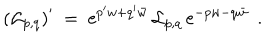
\left( { \cal L } _ { p , q } \right) ^ { \prime } \ = \ \mathrm { e } ^ { p ^ { \prime } w + q ^ { \prime } \bar { w } } \, { \cal L } _ { p , q } \, \mathrm { e } ^ { - p w - q \bar { w } } \ \ .